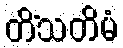
တိံသတိမံ